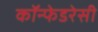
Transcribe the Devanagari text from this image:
कॉन्फेडरेसी